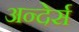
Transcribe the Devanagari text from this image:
अन्देर्स